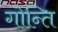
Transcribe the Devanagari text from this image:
गोन्ति